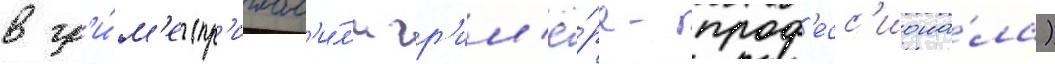
в гр'и́м'е (пр'иглас'и́л'и гр'им'ё́ра-проф'есс'иона́ла)